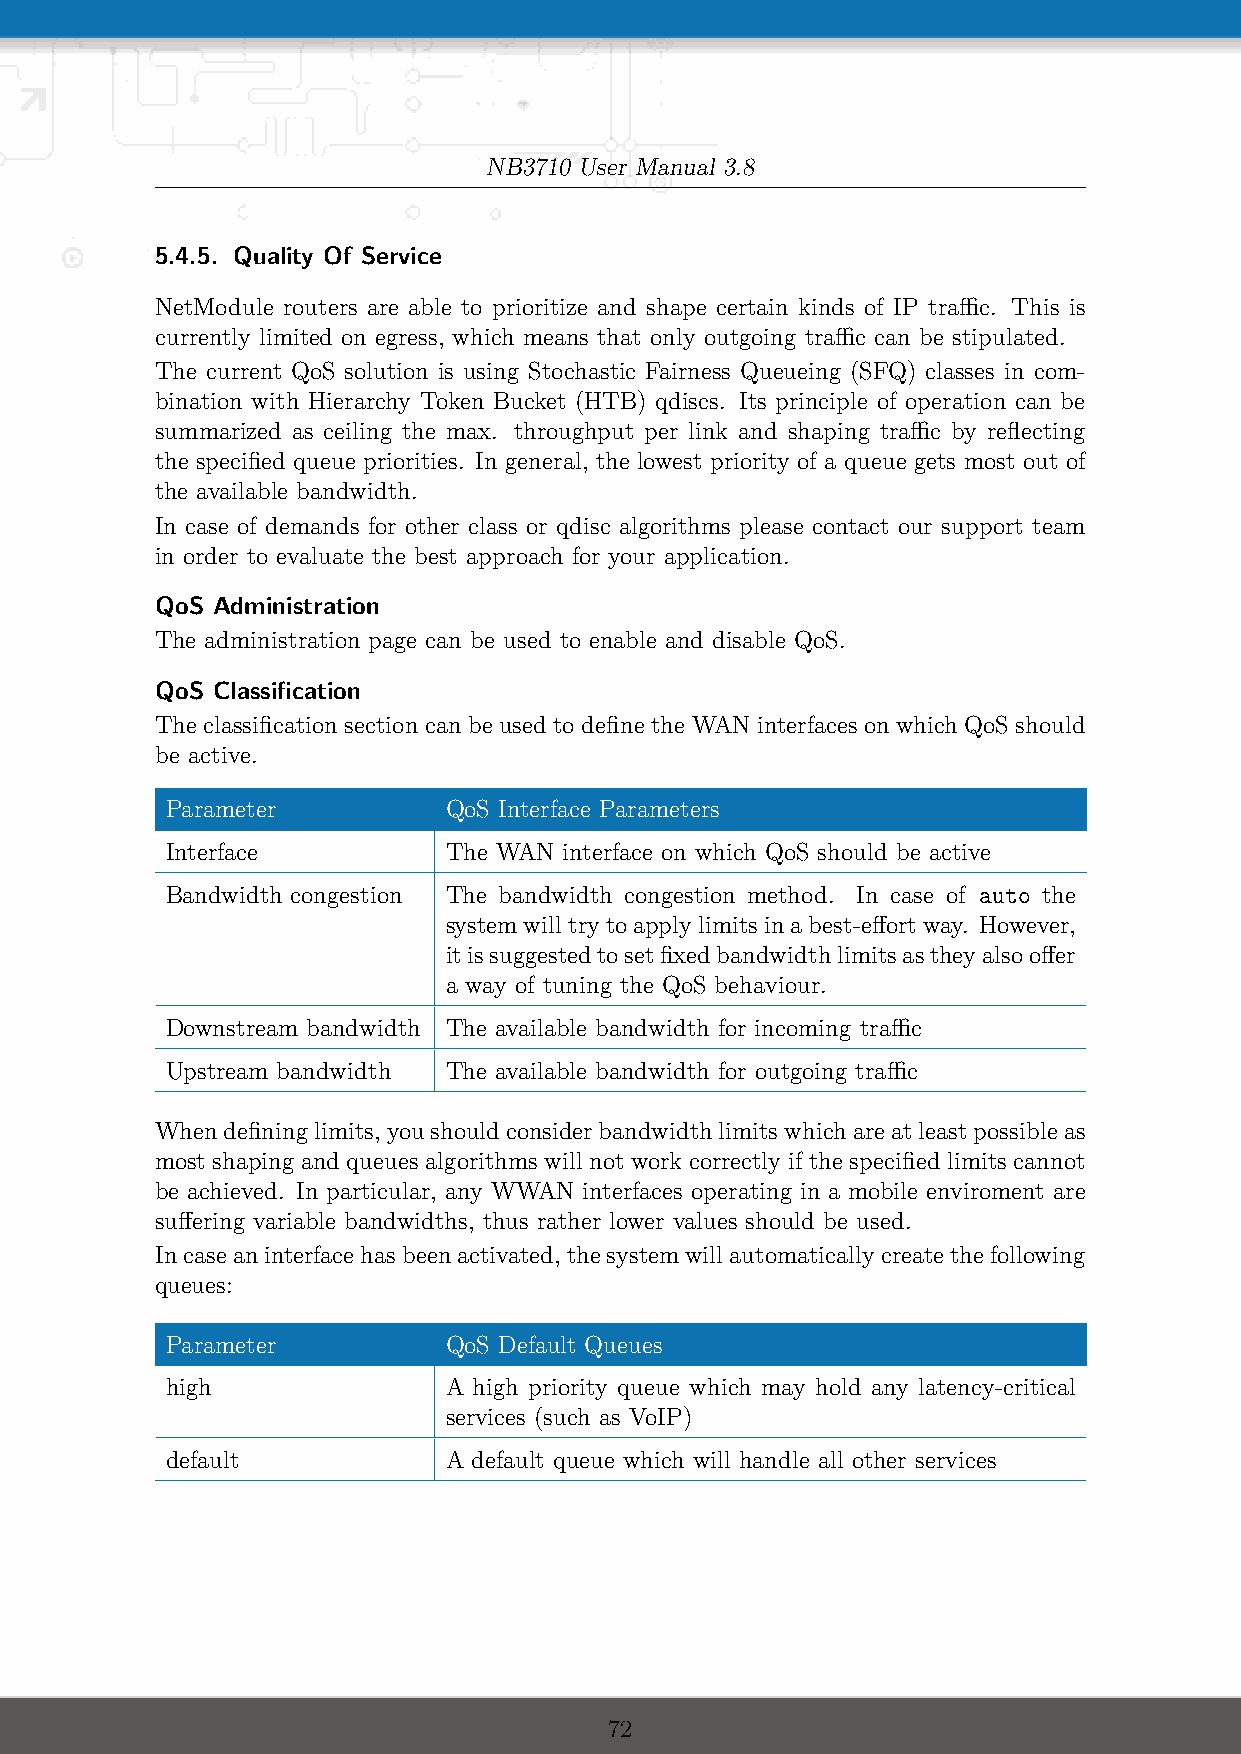
NB3710 User Manual 3.8
 5.4.5. Quality Of Service
 NetModule routers are able to prioritize and shape certain kinds of IP traffic. This is
 currently limited on egress, which means that only outgoing traffic can be stipulated.
 The current QoS solution is using Stochastic Fairness Queueing (SFQ) classes in com-
 bination with Hierarchy Token Bucket (HTB) qdiscs. Its principle of operation can be
 summarized as ceiling the max. throughput per link and shaping traffic by reflecting
 the specified queue priorities. In general, the lowest priority of a queue gets most out of
 the available bandwidth.
 In case of demands for other class or qdisc algorithms please contact our support team
 in order to evaluate the best approach for your application.
 QoS Administration
 The administration page can be used to enable and disable QoS.
 QoS Classification
 The classification section can be used to define the WAN interfaces on which QoS should
 be active.
 Parameter         QoS Interface Parameters
 Interface         The WAN interface on which QoS should be active
 Bandwidth congestion The bandwidth congestion method. In case of auto the
 systemwilltrytoapplylimitsinabest-effortway. However,
 itissuggestedtosetfixedbandwidthlimitsastheyalsooffer
 a way of tuning the QoS behaviour.
 Downstream bandwidth The available bandwidth for incoming traffic
 Upstream bandwidth The available bandwidth for outgoing traffic
 Whendefininglimits, youshouldconsiderbandwidthlimitswhichareatleastpossibleas
 most shaping and queues algorithms will not work correctly if the specified limits cannot
 be achieved. In particular, any WWAN interfaces operating in a mobile enviroment are
 suffering variable bandwidths, thus rather lower values should be used.
 Incaseaninterfacehasbeenactivated, thesystemwillautomaticallycreatethefollowing
 queues:
 Parameter         QoS Default Queues
 high              A high priority queue which may hold any latency-critical
 services (such as VoIP)
 default           A default queue which will handle all other services
 72